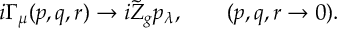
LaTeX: i \Gamma _ { \mu } ( p , q , r ) \to i \tilde { Z } _ { g } p _ { \lambda } , \qquad ( p , q , r \to 0 ) .